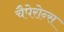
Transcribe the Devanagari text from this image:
चैपेरोन्स